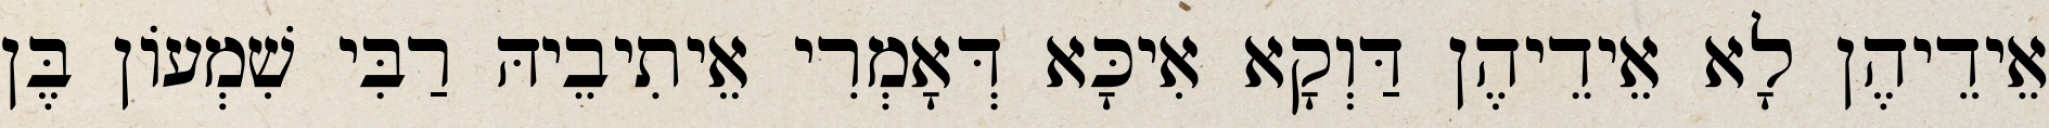
אֵידֵיהֶן לָא אֵידֵיהֶן דַּוְקָא אִיכָּא דְּאָמְרִי אֵיתִיבֵיהּ רַבִּי שִׁמְעוֹן בֶּן